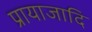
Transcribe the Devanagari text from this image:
प्रायाजादि